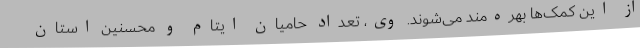
از این کمک‌ها بهره‌مند می‌شوند. وی، تعداد حامیان ایتام و محسنین استان